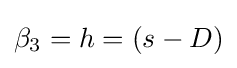
\beta _{3}=h=(s-D)